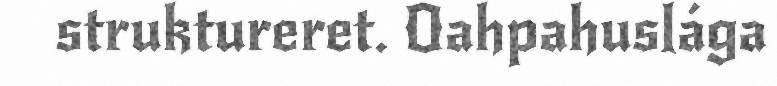
struktureret. Oahpahuslága